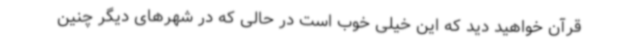
قرآن خواهید دید که این خیلی خوب است در حالی که در شهرهای دیگر چنین